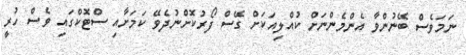
ނަމަވެސް ބޭނުންވާ އެންމެންނަށް ކުއްލިއަކަށް ގޭސް ފޯރުކޮށްނުދެވޭ ކަމަށާއި ސްޓޮކްގައި ވެސް ހުރީ